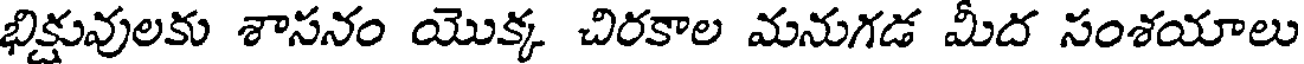
భిక్షువులకు శాసనం యొక్క చిరకాల మనుగడ మీద సంశయాలు